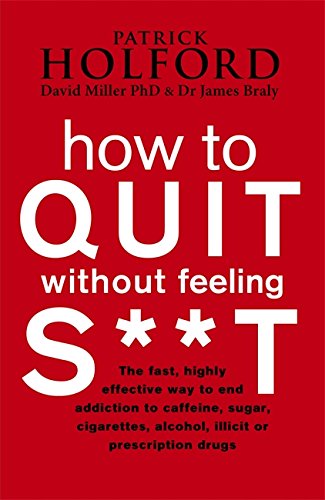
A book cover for How to Quit without Feeling S**t: The Fast, Highly Effective Way to End Addiction to Caffeine, Sugar, Cigarettes, Alcohol, Illicit or Prescription Drugs; Patrick Holford; Health, Fitness & Dieting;